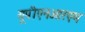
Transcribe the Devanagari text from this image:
यूपीएनआरएम